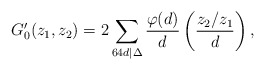
\begin{align*}G'_0(z_1, z_2) = 2\sum_{64d|\Delta}\frac{\varphi(d)}{d}\left(\frac{z_2/z_1}{d}\right),\end{align*}